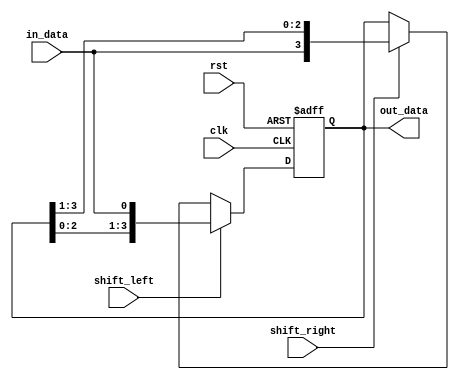
module ShiftRegister(
    input wire clk,
    input wire rst,
    input wire shift_left,
    input wire shift_right,
    input wire in_data,
    output reg [3:0] out_data
);

reg [3:0] register;

always @ (posedge clk or posedge rst) begin
    if (rst) begin
        register <= 4'b0000;
    end else begin
        if (shift_left) begin
            register <= {register[2:0], in_data};
        end else if (shift_right) begin
            register <= {in_data, register[3:1]};
        end
    end
end

assign out_data = register;

endmodule